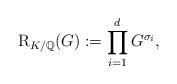
LaTeX: \begin{align*}\mathrm{R}_{K/\mathbb{Q}}(G) := \prod^d_{i=1} G^{\sigma_i},\end{align*}